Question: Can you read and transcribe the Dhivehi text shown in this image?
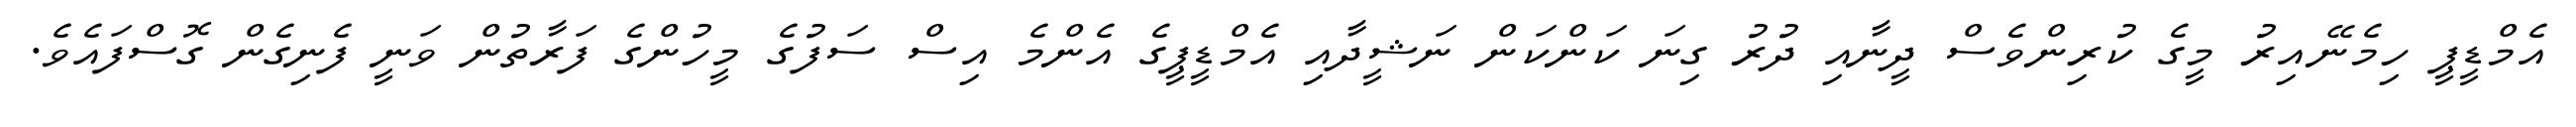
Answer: އެމްޑީޕީ ހިމެނޭއިރު މީގެ ކުރިންވެސް ދީނާއި ދުރު ގިނަ ކަންކަން ނަޝީދާއި އެމްޑީޕީގެ އެންމެ އިސް ސަފުގެ މީހުންގެ ފަރާތުން ވަނީ ފެނިގެން ގޮސްފައެވެ.